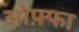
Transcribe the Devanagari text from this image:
ओफ़्फा